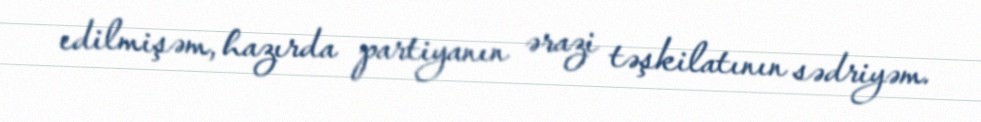
edilmişəm, hazırda partiyanın ərazi təşkilatının sədriyəm.